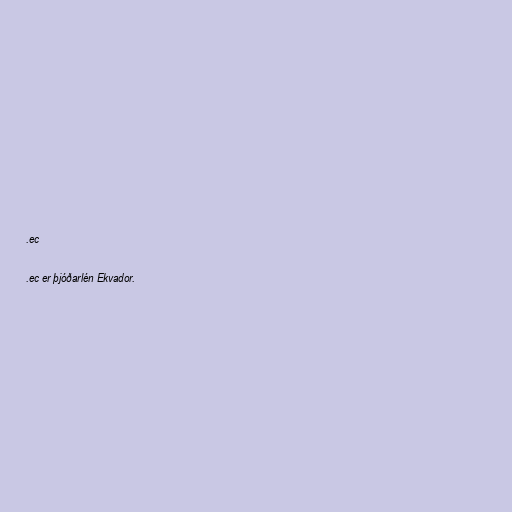
.ec

.ec er þjóðarlén Ekvador.